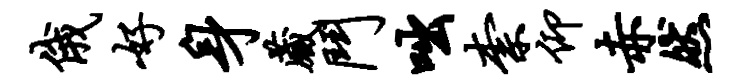
俄好身藏斗咄柰仰赤然